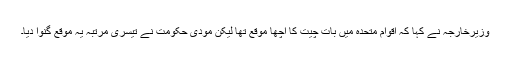
وزیرخارجہ نے کہا کہ اقوام متحدہ میں بات چیت کا اچھا موقع تھا لیکن مودی حکومت نے تیسری مرتبہ یہ موقع گنوا دیا۔